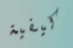
كيفية